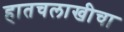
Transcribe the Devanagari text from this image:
हातचलाखीचा